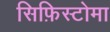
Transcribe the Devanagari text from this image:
सिफ़िस्टोमा